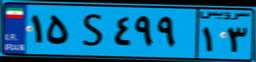
۵۹S۰۳۴۹۲